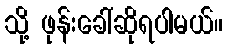
သို့ ဖုန်းခေါ်ဆိုရပါမယ်။